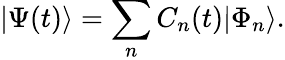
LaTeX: |\Psi(t)\rangle=\sum_{n}C_{n}(t)|\Phi_{n}\rangle.